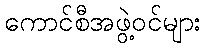
ကောင်စီအဖွဲ့ဝင်များ